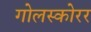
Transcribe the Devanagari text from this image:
गोलस्कोरर